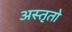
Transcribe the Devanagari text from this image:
अस्तृतो